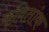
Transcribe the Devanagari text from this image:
कवितांक